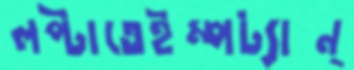
লপ্‌টাতেইম্পট্যান্